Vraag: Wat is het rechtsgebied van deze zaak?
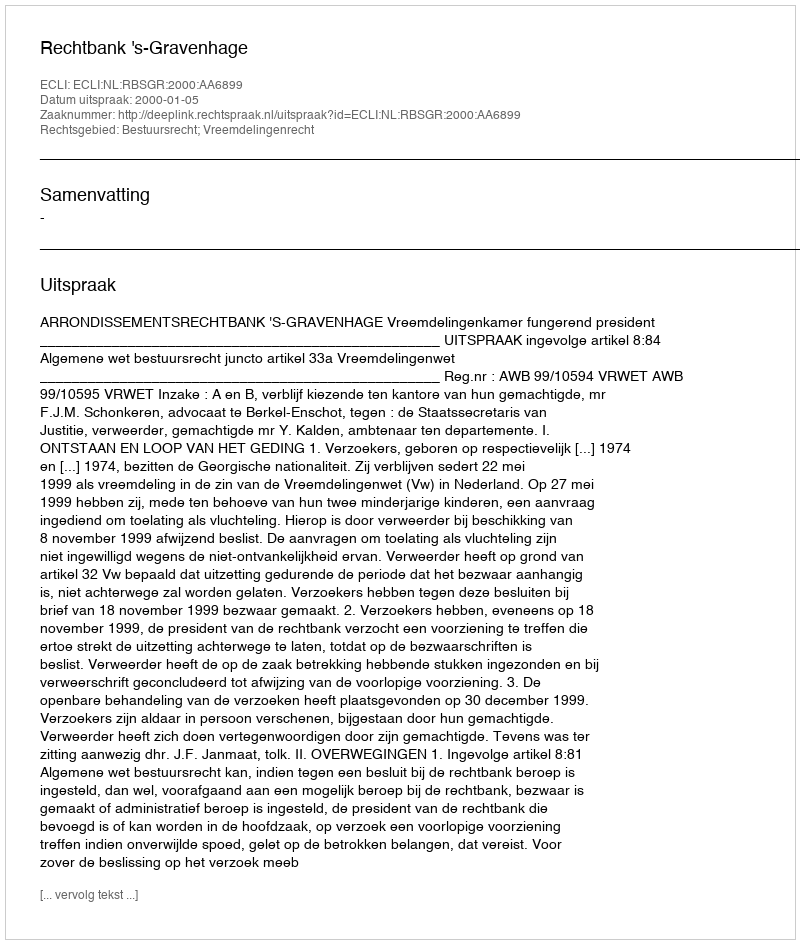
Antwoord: Bestuursrecht; Vreemdelingenrecht